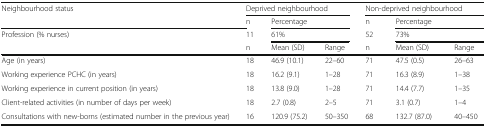
<table><thead><tr><td rowspan="2"><b>Neighbourhood status</b></td><td colspan="3"><b>Deprived neighbourhood</b></td><td colspan="3"><b>Non-deprived neighbourhood</b></td></tr><tr><td><b>n</b></td><td colspan="2"><b>Percentage</b></td><td><b>n</b></td><td colspan="2"><b>Percentage</b></td></tr><tr><td rowspan="2"><b>Profession (% nurses)</b></td><td><b>11</b></td><td colspan="2"><b>61%</b></td><td><b>52</b></td><td colspan="2"><b>73%</b></td></tr><tr><td><b>n</b></td><td><b>Mean (SD)</b></td><td><b>Range</b></td><td><b>n</b></td><td><b>Mean (SD)</b></td><td><b>Range</b></td></tr></thead><tbody><tr><td>Age (in years)</td><td>18</td><td>46.9 (10.1)</td><td>22–60</td><td>71</td><td>47.5 (0.5)</td><td>26–63</td></tr><tr><td>Working experience PCHC (in years)</td><td>18</td><td>16.2 (9.1)</td><td>1–28</td><td>71</td><td>16.3 (8.9)</td><td>1–38</td></tr><tr><td>Working experience in current position (in years)</td><td>18</td><td>13.8 (9.0)</td><td>1–28</td><td>71</td><td>14.4 (7.7)</td><td>1–35</td></tr><tr><td>Client-related activities (in number of days per week)</td><td>18</td><td>2.7 (0.8)</td><td>2–5</td><td>71</td><td>3.1 (0.7)</td><td>1–4</td></tr><tr><td>Consultations with new-borns (estimated number in the previous year)</td><td>16</td><td>120.9 (75.2)</td><td>50–350</td><td>68</td><td>132.7 (87.0)</td><td>40–450</td></tr></tbody></table>